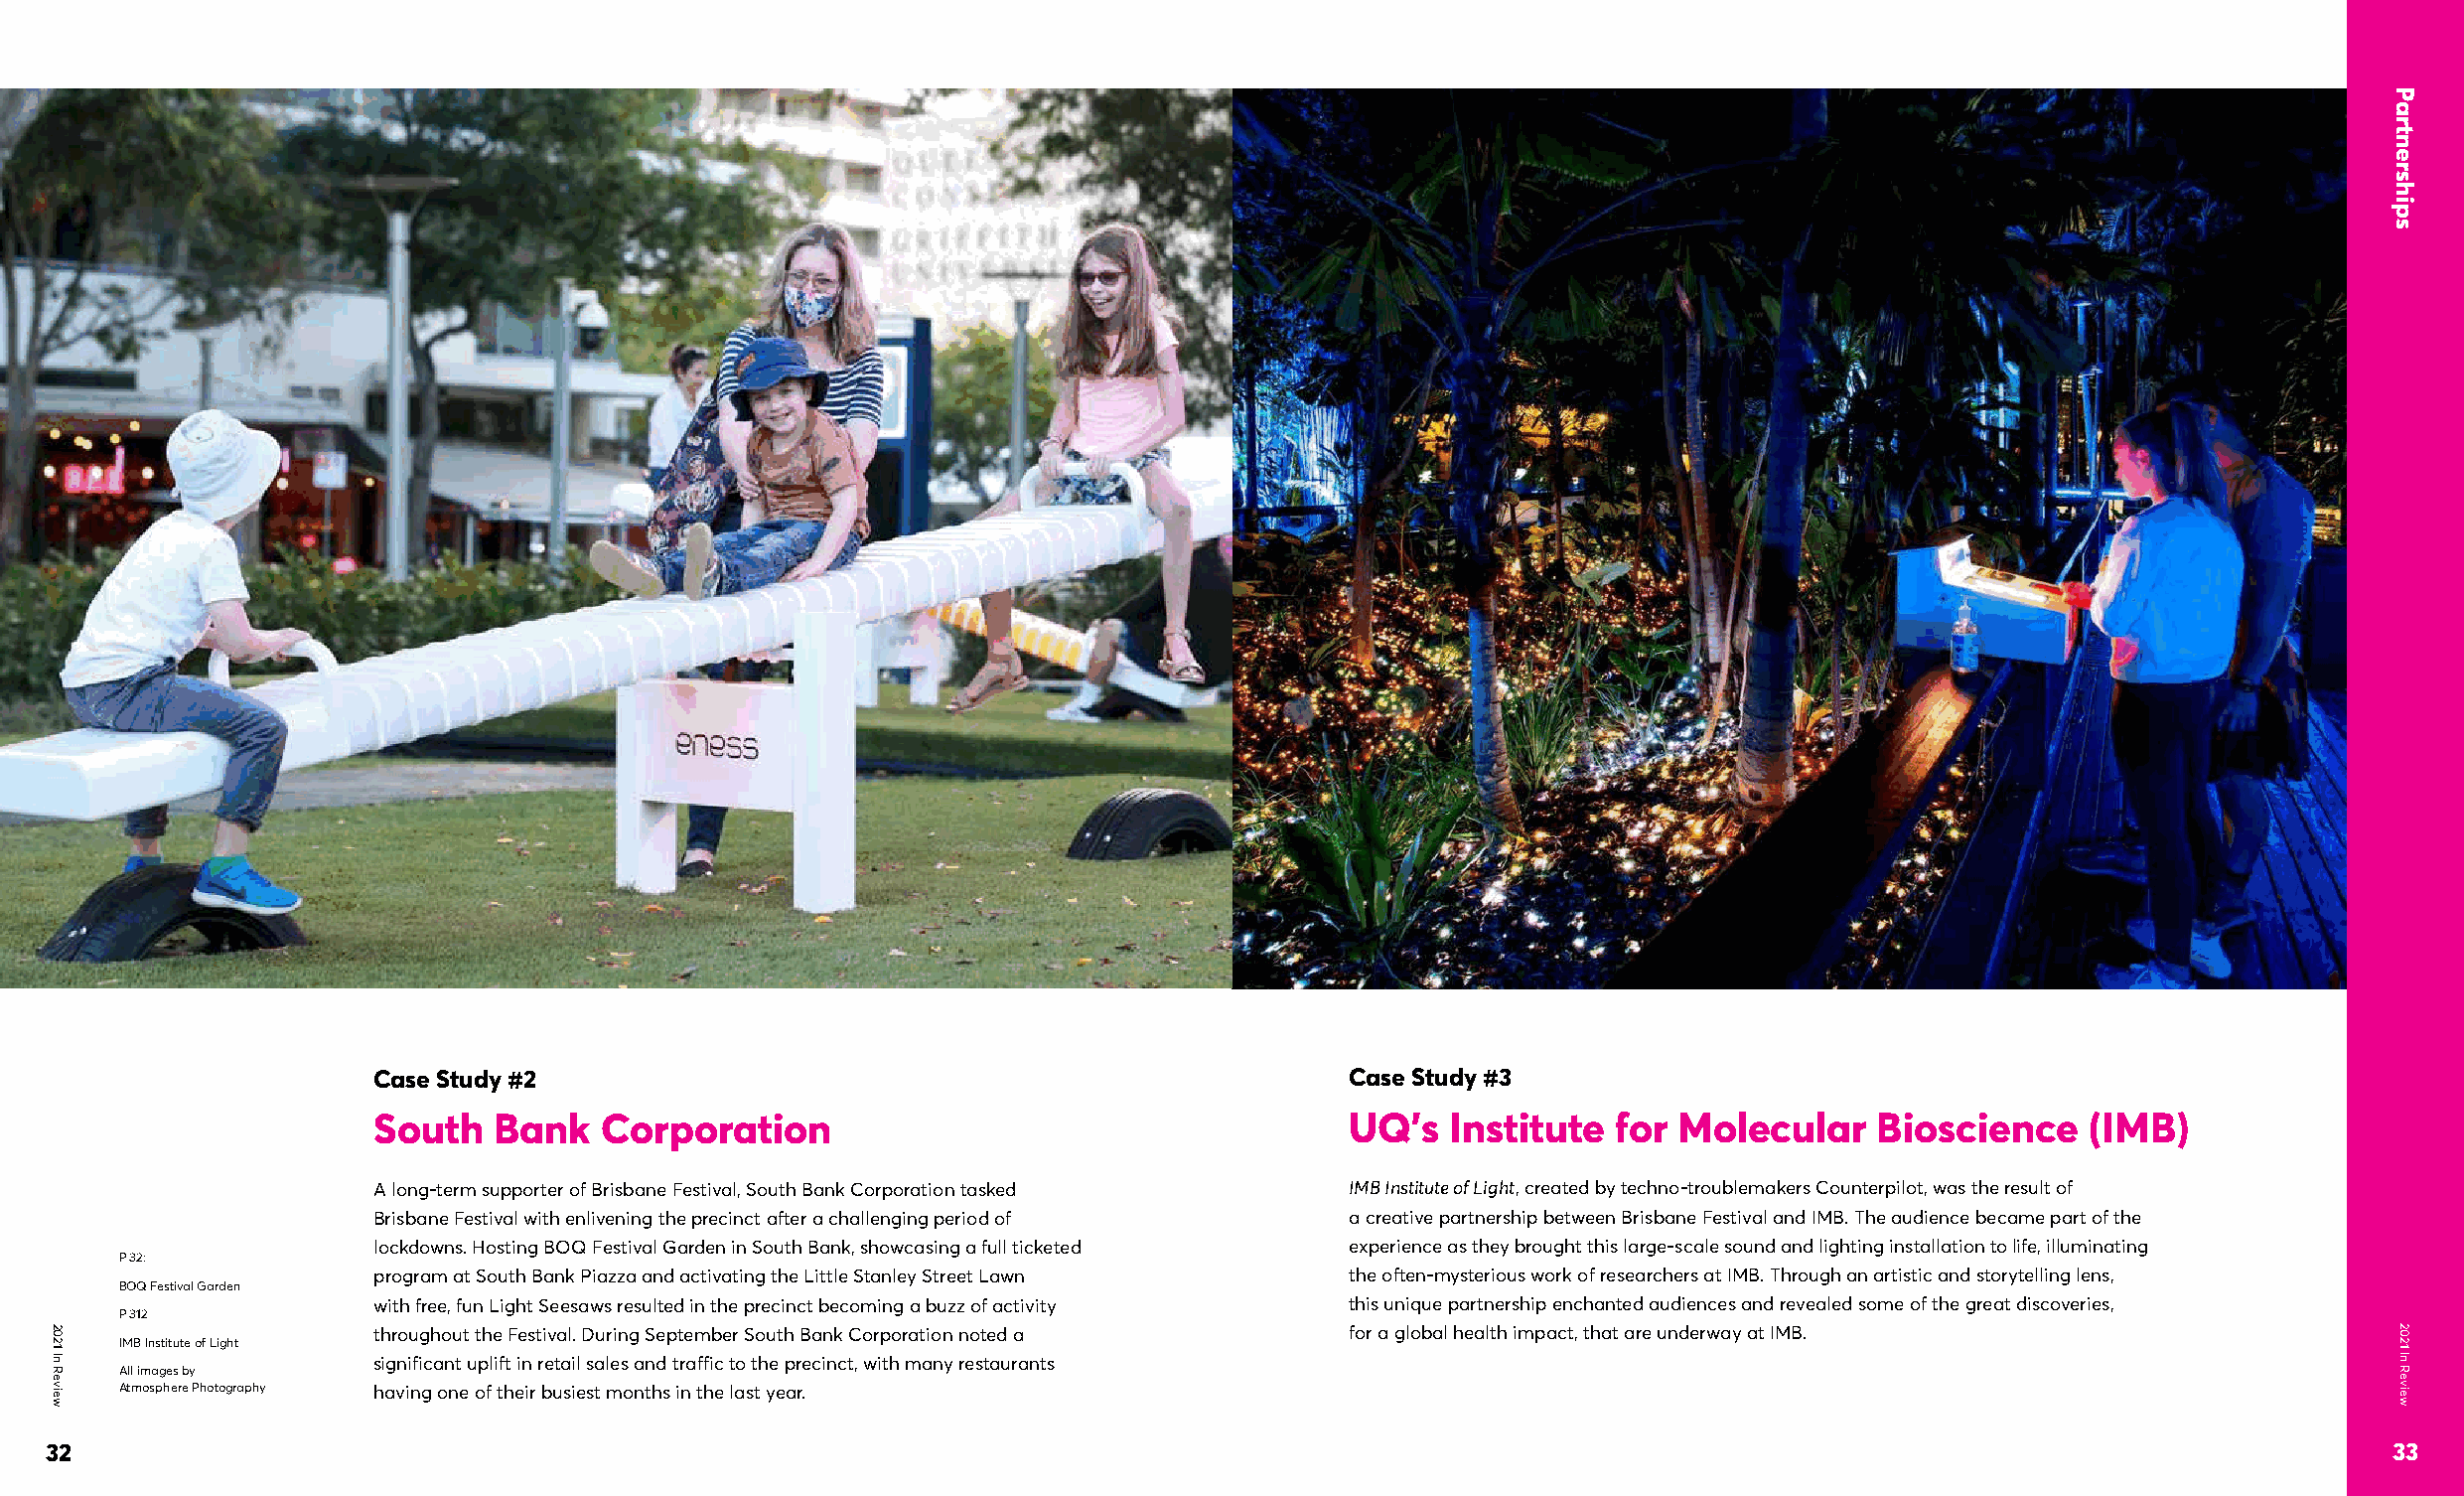
Case Study #2                                                    Case Study #3
 South   Bank   Corporation                                       UQ’s   Institute  for Molecular    Bioscience    (IMB)
 A long-term supporter of Brisbane Festival, South Bank Corporation tasked IMB Institute of Light, created by techno-troublemakers Counterpilot, was the result of
 Brisbane Festival with enlivening the precinct after a challenging period of a creative partnership between Brisbane Festival and IMB. The audience became part of the
 lockdowns. Hosting BOQ Festival Garden in South Bank, showcasing a full ticketed experience as they brought this large-scale sound and lighting installation to life, illuminating
 P 32:
 program at South Bank Piazza and activating the Little Stanley Street Lawn the often-mysterious work of researchers at IMB. Through an artistic and storytelling lens,
 BOQ Festival Garden
 with free, fun Light Seesaws resulted in the precinct becoming a buzz of activity this unique partnership enchanted audiences and revealed some of the great discoveries,
 P 312
 throughout the Festival. During September South Bank Corporation noted a for a global health impact, that are underway at IMB.
 IMB Institute of Light
 significant uplift in retail sales and traffic to the precinct, with many restaurants
 All images by
 Atmosphere Photography having one of their busiest months in the last year.
 32                                                                                                                                                          33
 2021
 In
 Review
 Partnerships
 2021
 In
 Review